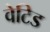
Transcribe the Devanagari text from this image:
वेटिड